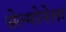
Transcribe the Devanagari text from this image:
सेल्मोनेला